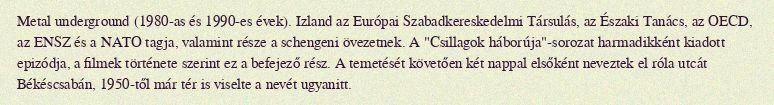
Metal underground (1980-as és 1990-es évek). Izland az Európai Szabadkereskedelmi Társulás, az Északi Tanács, az OECD, az ENSZ és a NATO tagja, valamint része a schengeni övezetnek. A "Csillagok háborúja"-sorozat harmadikként kiadott epizódja, a filmek története szerint ez a befejező rész. A temetését követően két nappal elsőként neveztek el róla utcát Békéscsabán, 1950-től már tér is viselte a nevét ugyanitt.